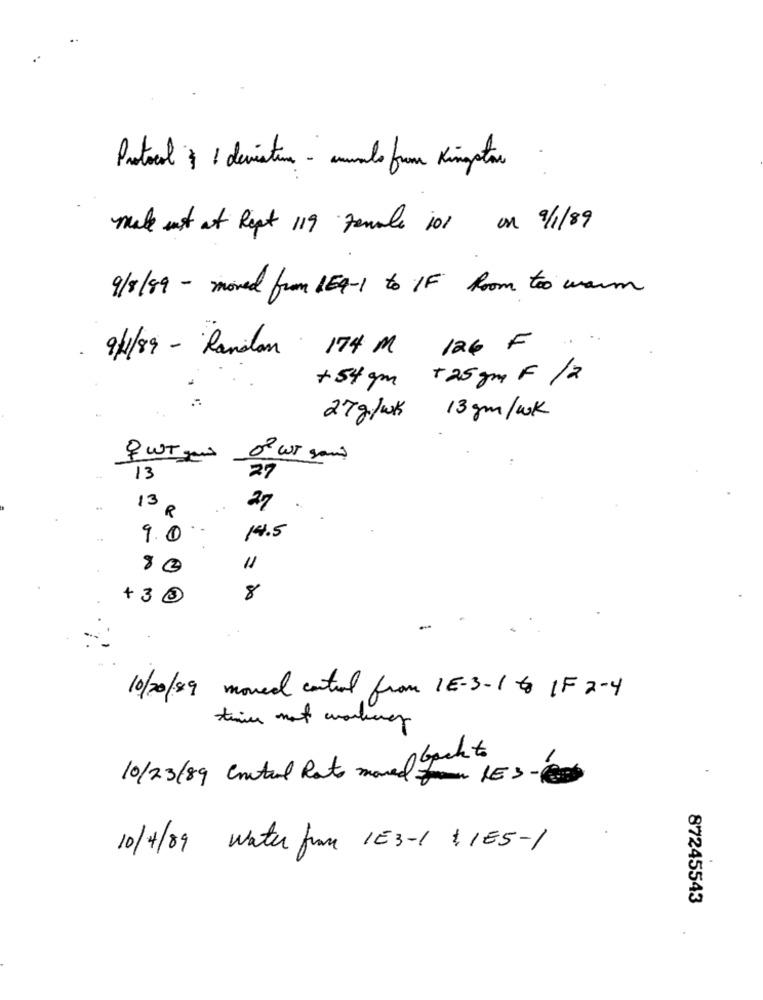
.
Protocol y 1 deviaturas - ammalo from Kingstar
make it at Rept 119 Female 101 on 9/1/89
9/8/89 - moved from 169-1 to IF Room too warm
9/1/89 - Random 174 M 126 F ...
+25 gm F /a
+54 gm
27g/wk
13 gm/wk
04
qWT gens
of WT sand
27
13
13
27
R
9.0
14.5
80
11
+30
8
10/20/89 moved control from 1E-3-1 to 1F 2-4
twee not working
10/23/89 Contual Rot moved back to
.
10/4/09 water from 1E3-1 155-1
87245543